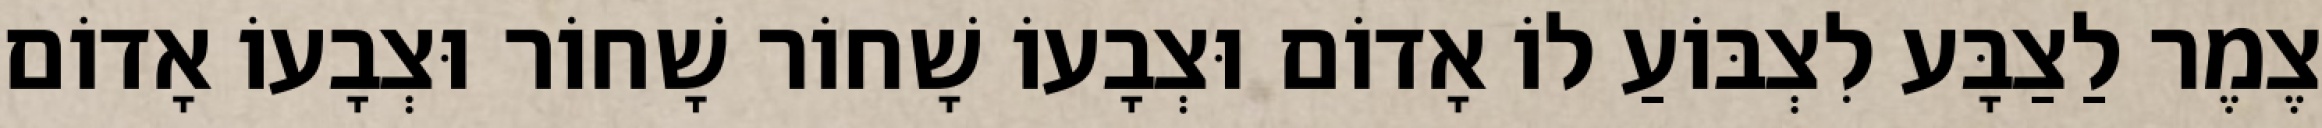
צֶמֶר לַצַבָּע לִצְבּוֹעַ לוֹ אָדוֹם וּצְבָעוֹ שָׁחוֹר שָׁחוֹר וּצְבָעוֹ אָדוֹם